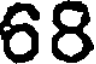
68